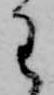
わ